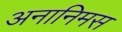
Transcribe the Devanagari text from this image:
अनानिमस